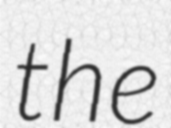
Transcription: the